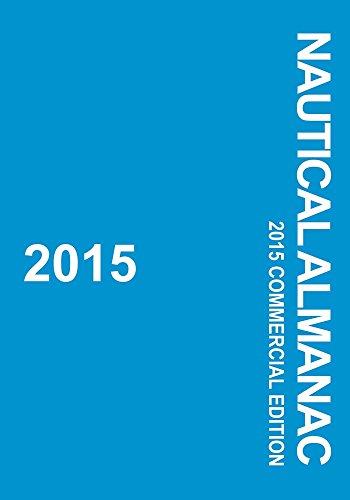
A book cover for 2015 Nautical Almanac; US Naval Observatory; Sports & Outdoors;